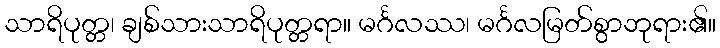
သာရိပုတ္တ၊ ချစ်သားသာရိပုတ္တရာ။ မင်္ဂလဿ၊ မင်္ဂလမြတ်စွာဘုရား၏။